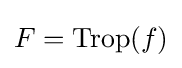
F=\operatorname {Trop} (f)